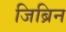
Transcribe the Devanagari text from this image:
जिब्रिन